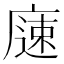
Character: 𱝇